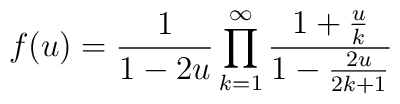
f(u)=\frac{1}{1-2u}\prod_{k=1}^{\infty}\frac{1+\frac{u}{k}}{1-\frac{2u}{2k+1}}